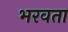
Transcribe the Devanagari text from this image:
भरवता